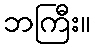
ဘကြီး။